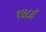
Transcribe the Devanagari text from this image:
१४८वें